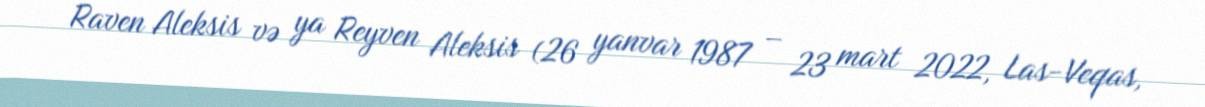
Raven Aleksis və ya Reyven Aleksis (26 yanvar 1987 – 23 mart 2022, Las-Veqas,